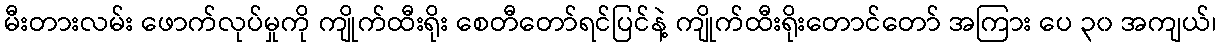
မီးတားလမ်း ဖောက်လုပ်မှုကို ကျိုက်ထီးရိုး စေတီတော်ရင်ပြင်နဲ့ ကျိုက်ထီးရိုးတောင်တော် အကြား ပေ ၃၀ အကျယ်၊